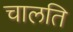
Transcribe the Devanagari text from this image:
चालति